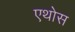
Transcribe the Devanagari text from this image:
एथोस